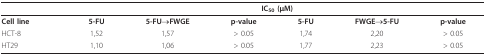
<table><thead><tr><td></td><td colspan="6"><b>IC<sub>50 </sub>(μM)</b></td></tr></thead><tbody><tr><td><b>Cell line</b></td><td><b>5-FU</b></td><td><b>5-FU→FWGE</b></td><td><b>p-value</b></td><td><b>5-FU</b></td><td><b>FWGE→5-FU</b></td><td><b>p-value</b></td></tr><tr><td>HCT-8</td><td>1,52</td><td>1,57</td><td>&gt; 0.05</td><td>1,74</td><td>2,20</td><td>&gt; 0.05</td></tr><tr><td>HT29</td><td>1,10</td><td>1,06</td><td>&gt; 0.05</td><td>1,77</td><td>2,23</td><td>&gt; 0.05</td></tr></tbody></table>